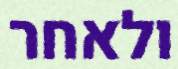
ולאחר